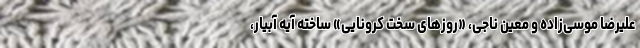
علیرضا موسی‌زاده و معین ناجی، «روزهای سخت کرونایی» ساخته آیه آبیار،